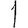
Digit: 1